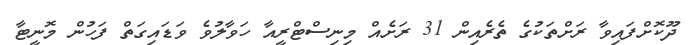
ދޫކޮށްފައިވާ ރަށްތަކުގެ ތެރެއިން 31 ރަށެއް މިނިސްޓްރީއާ ހަވާލުވެ ވަޑައިގަތް ފަހުން މޮނީޓާ